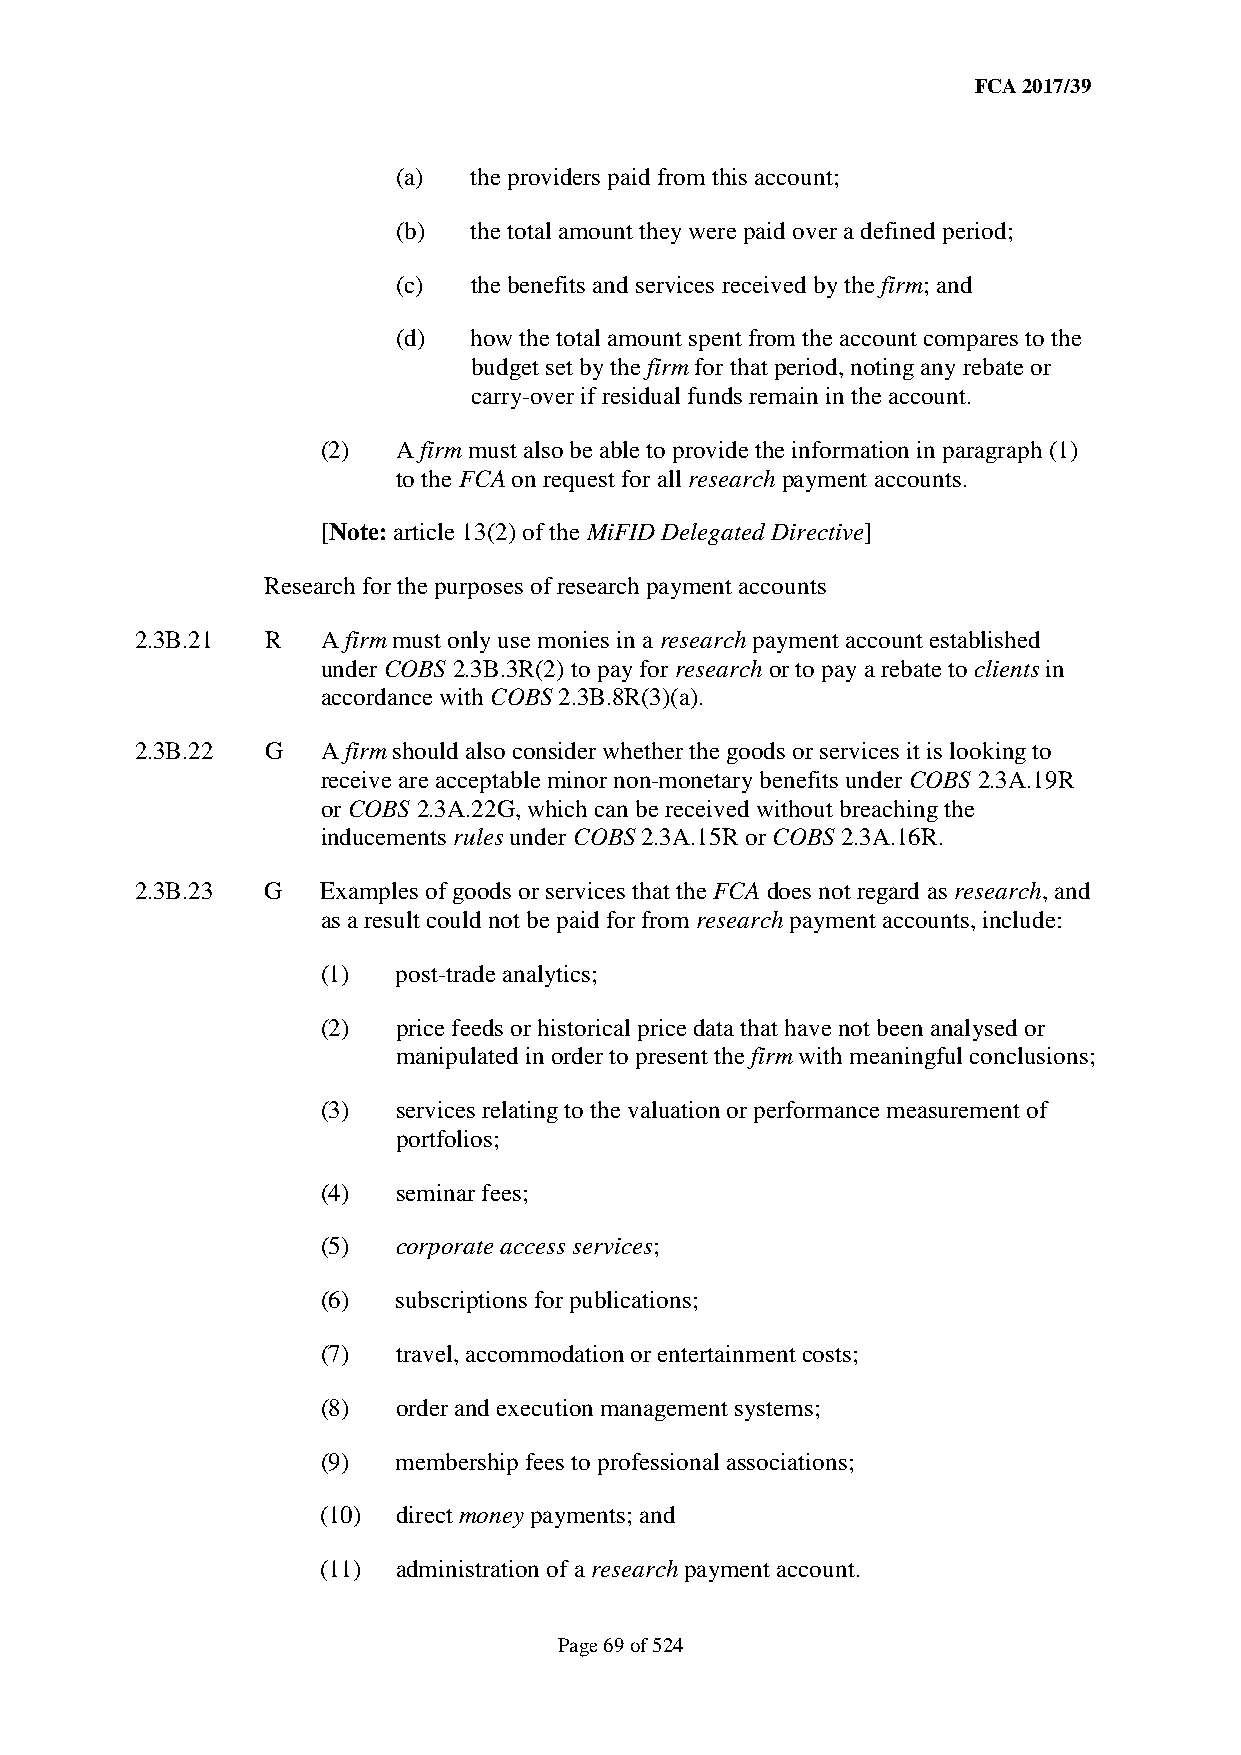
FCA 2017/39
 (a)  the providers paid from this account;
 (b)  the total amount they were paid over a defined period;
 (c)  the benefits and services received by the firm; and
 (d)  how the total amount spent from the account compares to the
 budget set by the firm for that period, noting any rebate or
 carry-over if residual funds remain in the account.
 (2)  A firm must also be able to provide the information in paragraph (1)
 to the FCA on request for all research payment accounts.
 [Note: article 13(2) of the MiFID Delegated Directive]
 Research for the purposes of research payment accounts
 2.3B.21  R  A firm must only use monies in a research payment account established
 under COBS 2.3B.3R(2) to pay for research or to pay a rebate to clients in
 accordance with COBS 2.3B.8R(3)(a).
 2.3B.22  G  A firm should also consider whether the goods or services it is looking to
 receive are acceptable minor non-monetary benefits under COBS 2.3A.19R
 or COBS 2.3A.22G, which can be received without breaching the
 inducements rules under COBS 2.3A.15R or COBS 2.3A.16R.
 2.3B.23  G  Examples of goods or services that the FCA does not regard as research, and
 as a result could not be paid for from research payment accounts, include:
 (1)  post-trade analytics;
 (2)  price feeds or historical price data that have not been analysed or
 manipulated in order to present the firm with meaningful conclusions;
 (3)  services relating to the valuation or performance measurement of
 portfolios;
 (4)  seminar fees;
 (5)  corporate access services;
 (6)  subscriptions for publications;
 (7)  travel, accommodation or entertainment costs;
 (8)  order and execution management systems;
 (9)  membership fees to professional associations;
 (10) direct money payments; and
 (11) administration of a research payment account.
 Page 69 of 524